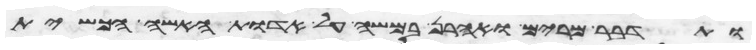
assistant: ותדבר מרים ואהרן במשה על אדות האשה הכשית